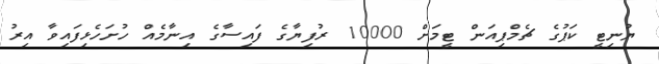
ޔުނިޓީ ކަޕުގެ ޗެމްޕިއަން ޓީމަށް 10000 ރުފިޔާގެ ފައިސާގެ އިނާމެއް ހުށަހެޅިފައިވާ އިރު